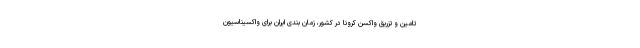
تامین و تزریق واکسن کرونا در کشور، زمان بندی ایران برای واکسیناسیون